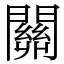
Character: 關